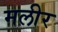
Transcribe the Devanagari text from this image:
मलीर